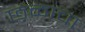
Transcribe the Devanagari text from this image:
छळाचा